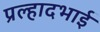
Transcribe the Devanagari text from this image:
प्रल्हादभाई